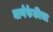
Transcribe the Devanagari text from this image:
नाणेफेकीचा